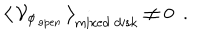
\big \langle \, { \cal V } _ { \phi _ { \mathrm { \, o p e n } } } \, \big \rangle _ { \mathrm { m i x e d ~ d i s k } } \not = 0 ~ ~ .